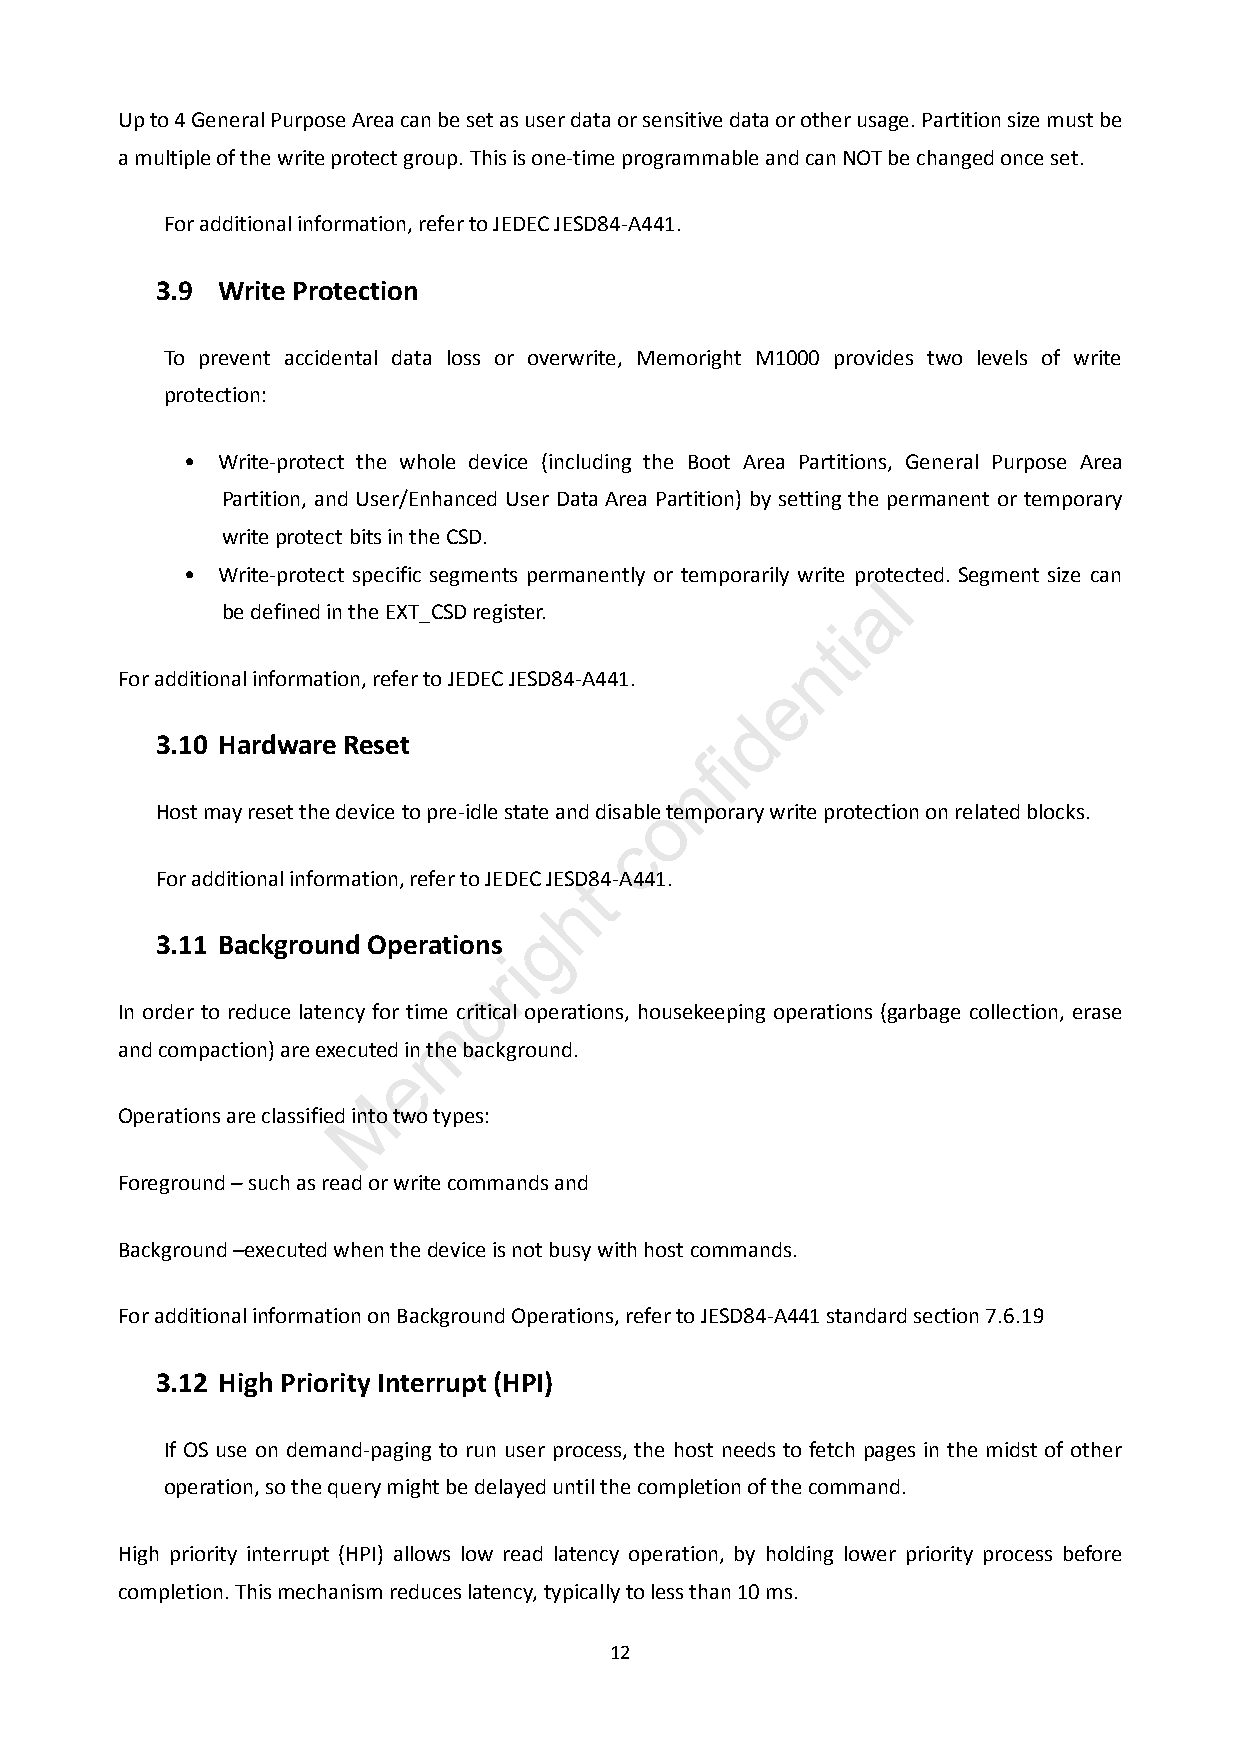
Up to 4 General Purpose Area can be set as user data or sensitive data or other usage. Partition size must be
 a multiple of the write protect group. This is one-time programmable and can NOT be changed once set.
 For additional information, refer to JEDEC JESD84-A441.
 3.9 Write Protection
 To prevent accidental data loss or overwrite, Memoright M1000 provides two levels of write
 protection:
 • Write-protect the whole device (including the Boot Area Partitions, General Purpose Area
 Partition, and User/Enhanced User Data Area Partition) by setting the permanent or temporary
 write protect bits in the CSD.
 • Write-protect specific segments permanently or temporarily write protected. Segment size can
 l
 a
 be defined in the EXT_CSD register.
 i
 t
 n
 For additional information, refer to JEDEC JESD84-A441.
 e
 d
 3.10 Hardware Reset
 i
 f
 n
 Host may reset the device to pre-idle state and disableo temporary write protection on related blocks.
 c
 For additional information, refer to JEDEC JESDt84-A441.
 h
 g
 3.11 Background Operations
 i
 r
 o
 In order to reduce latency for time critical operations, housekeeping operations (garbage collection, erase
 m
 and compaction) are executed in the background.
 e
 M
 Operations are classified into two types:
 Foreground – such as read or write commands and
 Background –executed when the device is not busy with host commands.
 For additional information on Background Operations, refer to JESD84-A441 standard section 7.6.19
 3.12 High Priority Interrupt (HPI)
 If OS use on demand-paging to run user process, the host needs to fetch pages in the midst of other
 operation, so the query might be delayed until the completion of the command.
 High priority interrupt (HPI) allows low read latency operation, by holding lower priority process before
 completion. This mechanism reduces latency, typically to less than 10 ms.
 12